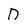
Character: D